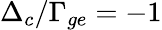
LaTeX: \Delta_{c}/\Gamma_{ge}=-1